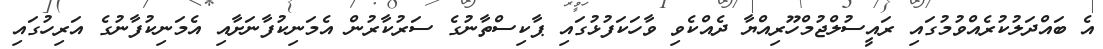
އެ ބައްދަލުކުރެއްވުމުގައި ރައީސުލްޖުމްހޫރިއްޔާ ދެއްކެވި ވާހަކަފުޅުގައި ޕާކިސްތާނުގެ ސަރުކާރުން އެމަނިކުފާނަށާއި އެމަނިކުފާނުގެ އަރިހުގައި